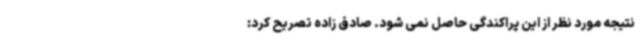
نتیجه مورد نظر از این پراکندگی حاصل نمی شود. صادق زاده تصریح کرد: